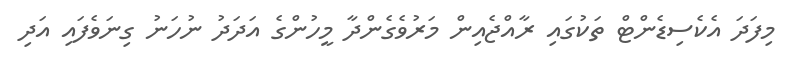
މިފަދަ އެކެސިޑެންޓް ތަކުގައި ރާއްޖެއިން މަރުވެގެންދާ މީހުންގެ އަދަދު ނުހަނު ގިނަވެފައި އަދި